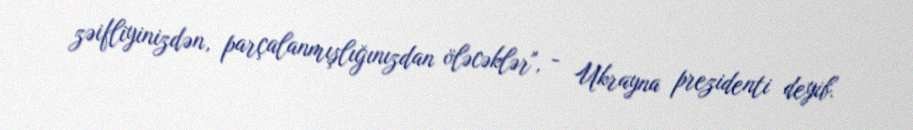
zəifliyinizdən, parçalanmışlığınızdan öləcəklər", - Ukrayna prezidenti deyib.